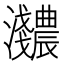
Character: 𬉰